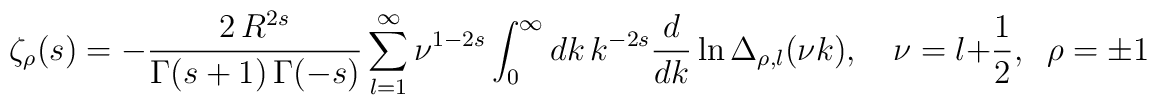
\zeta_{\rho}(s)=-\frac{2\, R^{2s}}{\Gamma(s+1)\,\Gamma(-s)}\sum_{l=1}^{\infty}\nu^{1-2s}\int_0^{\infty}dk\,k^{-2s}\frac{d}{dk}\ln\Delta_{\rho,l}(\nu k), \quad \nu=l+\frac{1}{2}, \;\;\rho=\pm1